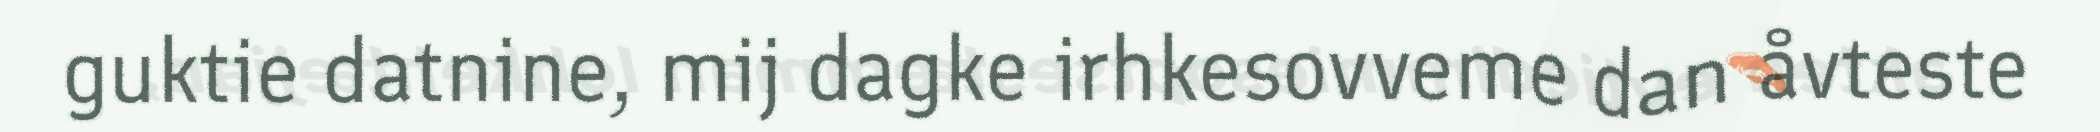
guktie datnine, mij dagke irhkesovveme dan åvteste